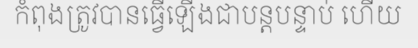
កំពុងត្រូវបានធ្វើឡើងជាបន្តបន្ទាប់ ហើយ